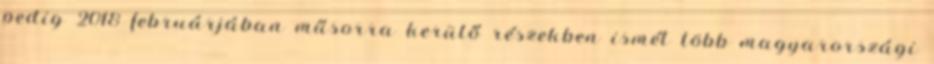
pedig 2018 februárjában műsorra kerülő részekben ismét több magyarországi